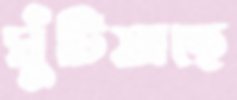
ঘুঁটিয়াছে